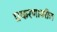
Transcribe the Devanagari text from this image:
प्रकरणावरील